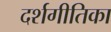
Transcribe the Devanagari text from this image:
दर्शगीतिका